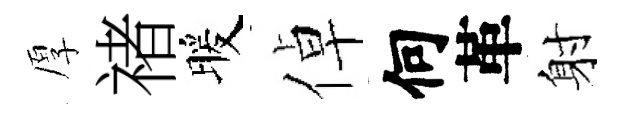
厚禇暖倬何革射